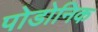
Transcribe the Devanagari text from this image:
पोडोनिक